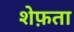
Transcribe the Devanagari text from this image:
शेफ़ता